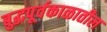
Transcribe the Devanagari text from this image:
बुद्धपूर्वकाळातील